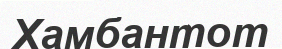
Хамбантот